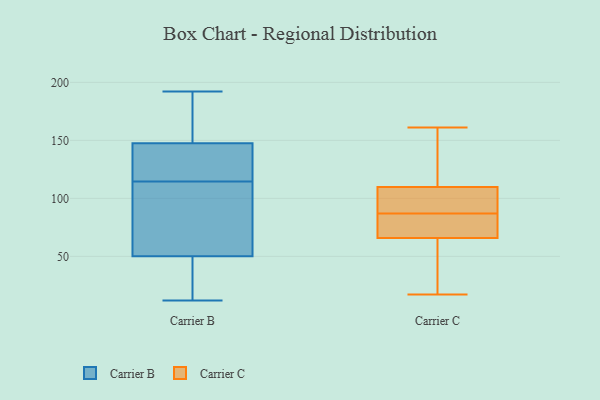
{"axis": {"x": "Waste Production (Tons)", "y": "Value"}, "legend": ["Carrier B", "Carrier C"], "data": [{"x": "", "y": 92, "type": "Carrier B"}, {"x": "", "y": 113, "type": "Carrier B"}, {"x": "", "y": 192, "type": "Carrier B"}, {"x": "", "y": 116, "type": "Carrier B"}, {"x": "", "y": 12, "type": "Carrier B"}, {"x": "", "y": 43, "type": "Carrier B"}, {"x": "", "y": 164, "type": "Carrier B"}, {"x": "", "y": 175, "type": "Carrier B"}, {"x": "", "y": 131, "type": "Carrier B"}, {"x": "", "y": 57, "type": "Carrier B"}, {"x": "", "y": 123, "type": "Carrier B"}, {"x": "", "y": 16, "type": "Carrier B"}, {"x": "", "y": 111, "type": "Carrier C"}, {"x": "", "y": 87, "type": "Carrier C"}, {"x": "", "y": 158, "type": "Carrier C"}, {"x": "", "y": 72, "type": "Carrier C"}, {"x": "", "y": 124, "type": "Carrier C"}, {"x": "", "y": 75, "type": "Carrier C"}, {"x": "", "y": 87, "type": "Carrier C"}, {"x": "", "y": 106, "type": "Carrier C"}, {"x": "", "y": 55, "type": "Carrier C"}, {"x": "", "y": 65, "type": "Carrier C"}, {"x": "", "y": 161, "type": "Carrier C"}, {"x": "", "y": 17, "type": "Carrier C"}, {"x": "", "y": 99, "type": "Carrier C"}, {"x": "", "y": 48, "type": "Carrier C"}, {"x": "", "y": 68, "type": "Carrier C"}]}